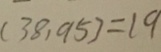
( 3 8 , 9 5 ) = 1 9